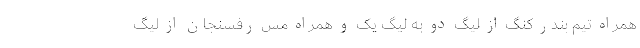
همراه تیم بندر کنگ از لیگ دو به لیگ یک و ‌همراه مس رفسنجان از لیگ